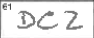
Transcription: DCZ